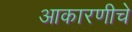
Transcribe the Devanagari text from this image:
आकारणीचे